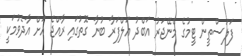
ފަލަސްތީން ޓީމުގެ މެނޭޖަރު އަބްދު އަލްފަރާ ބުނާ ގޮތުގައި ރާއްޖެ އަށް އާދެވުމަކީ